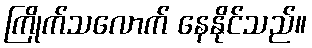
ကြိုက်သလောက် နေနိုင်သည်။